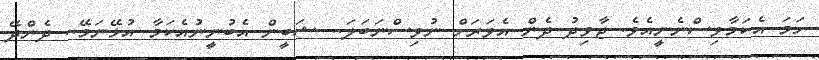
ހަމަ އެކަމާވިސްނެނީއެވެ. ޖާވިދު ދެން އެވަރަށް ނުވިސްނަބަލަ.. ޝަބީން އެބުނީނުއެކަމާ އުޅޭނަމޭ.. ދެންދޭ